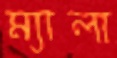
ম্যালা